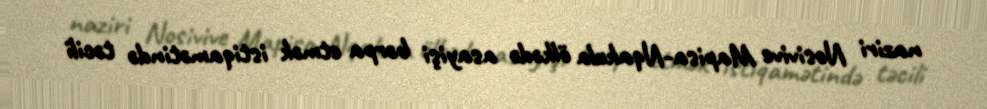
naziri Nosivive Mapisa-Nqakula ölkədə asayişi bərpa etmək istiqamətində təcili